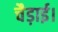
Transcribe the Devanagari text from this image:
चैड़ाई।